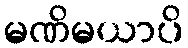
မဏိမယာပိ